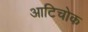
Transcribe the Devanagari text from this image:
आटिचोक